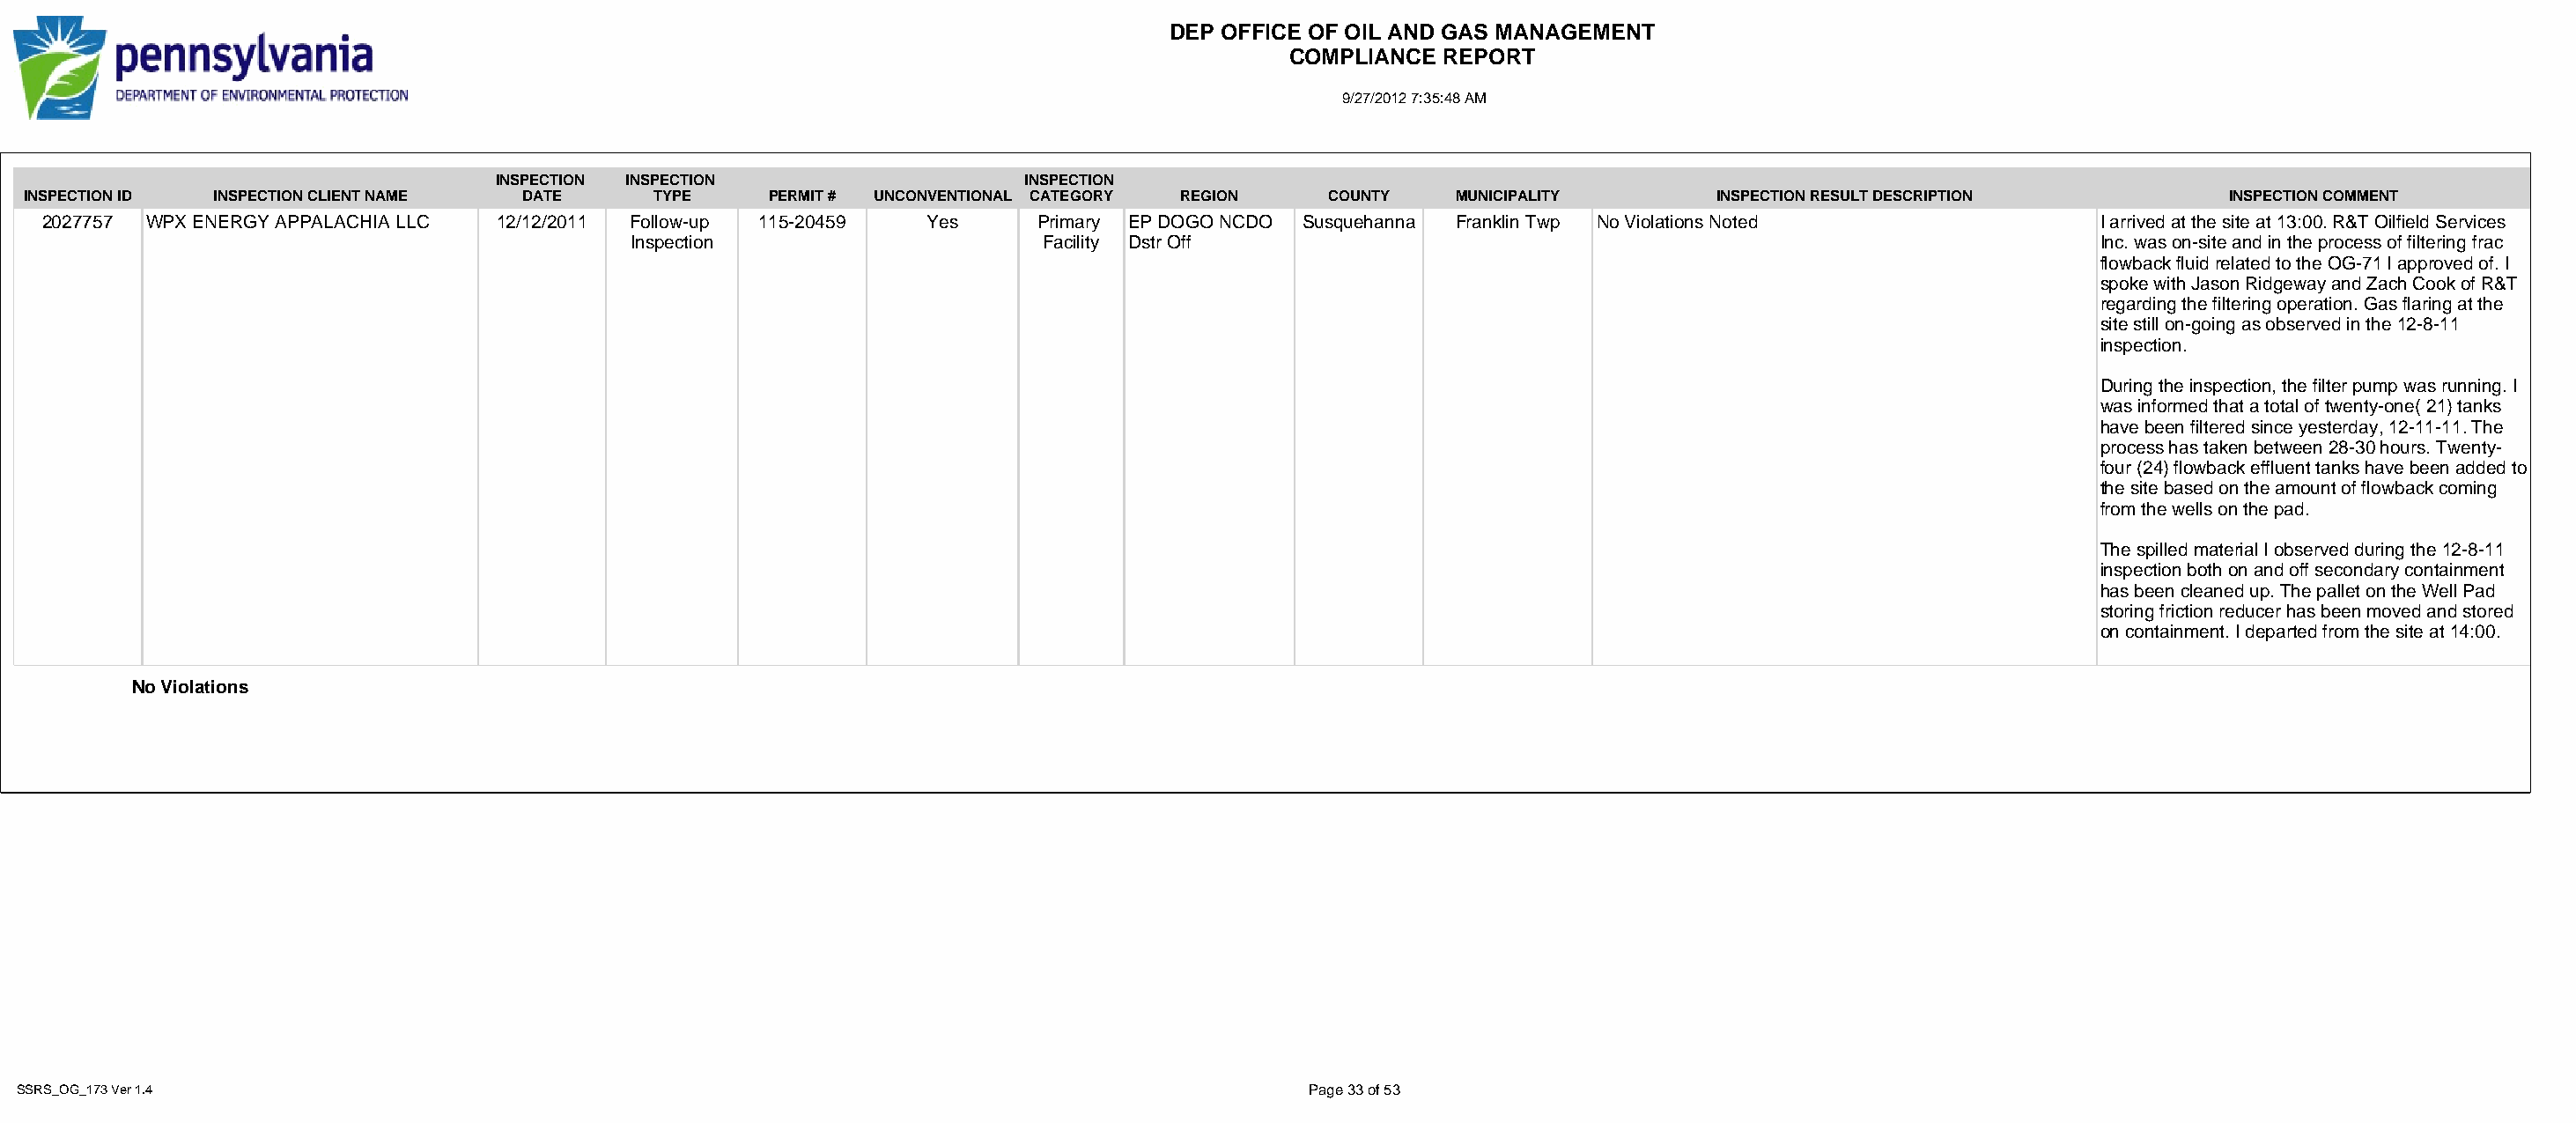
DEP OFFICE OF OIL AND GAS MANAGEMENT
 COMPLIANCE  REPORT
 9/27/2012 7:35:48 AM
 INSPECTION INSPECTION                   INSPECTION
 INSPECTION ID INSPECTION CLIENT NAME DATE      TYPE     PERMIT # UNCONVENTIONAL CATEGORY REGION   COUNTY   MUNICIPALITY        INSPECTION RESULT DESCRIPTION          INSPECTION COMMENT
 2027757 WPX ENERGY APPALACHIA LLC 12/12/2011 Follow-up 115-20459   Yes     Primary EP DOGO NCDO Susquehanna Franklin Twp No Violations Noted               I arrived at the site at 13:00. R&T Oilfield Services
 Inspection                     Facility Dstr Off                                                               Inc. was on-site and in the process of filtering frac
 flowback fluid related to the OG-71 I approved of. I
 spoke with Jason Ridgeway and Zach Cook of R&T
 regarding the filtering operation. Gas flaring at the
 site still on-going as observed in the 12-8-11
 inspection.
 During the inspection, the filter pump was running. I
 was informed that a total of twenty-one( 21) tanks
 have been filtered since yesterday, 12-11-11. The
 process has taken between 28-30 hours. Twenty-
 four (24) flowback effluent tanks have been added to
 the site based on the amount of flowback coming
 from the wells on the pad.
 The spilled material I observed during the 12-8-11
 inspection both on and off secondary containment
 has been cleaned up. The pallet on the Well Pad
 storing friction reducer has been moved and stored
 on containment. I departed from the site at 14:00.
 No Violations
 SSRS_OG_173 Ver 1.4                                                                              Page 33 of 53